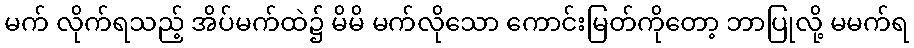
မက် လိုက်ရသည့် အိပ်မက်ထဲ၌ မိမိ မက်လိုသော ကောင်းမြတ်ကိုတော့ ဘာပြုလို့ မမက်ရ